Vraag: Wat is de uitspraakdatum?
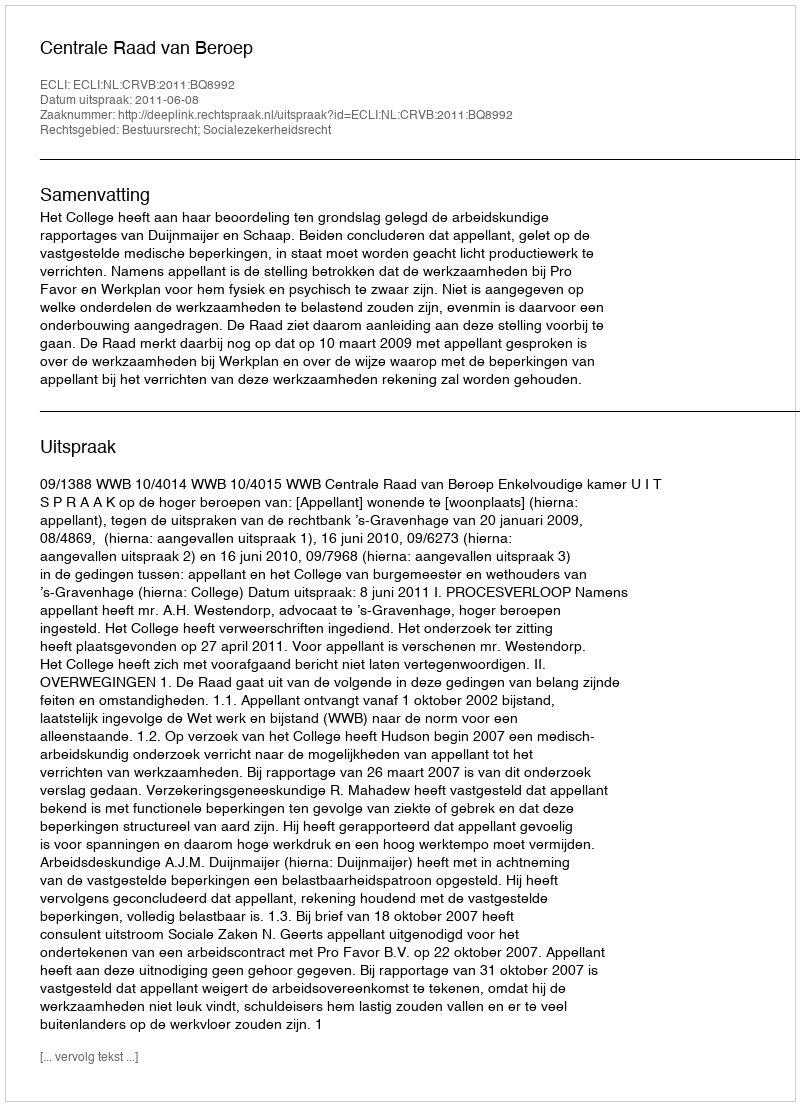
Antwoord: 2011-06-08